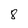
Character: 8